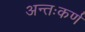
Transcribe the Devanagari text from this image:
अन्तःकर्ण